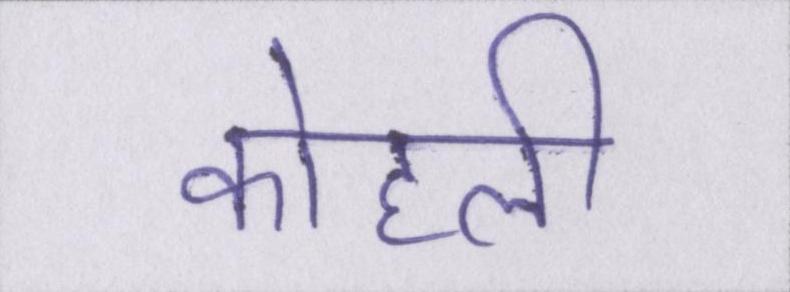
कोहली